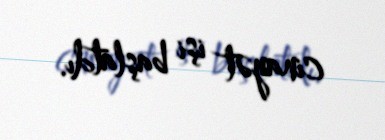
cinayət işi başlatdı.